Civil Veterinary Department. Central Provinces & Berar 1925-31 - 1925-1931
Year: 1925
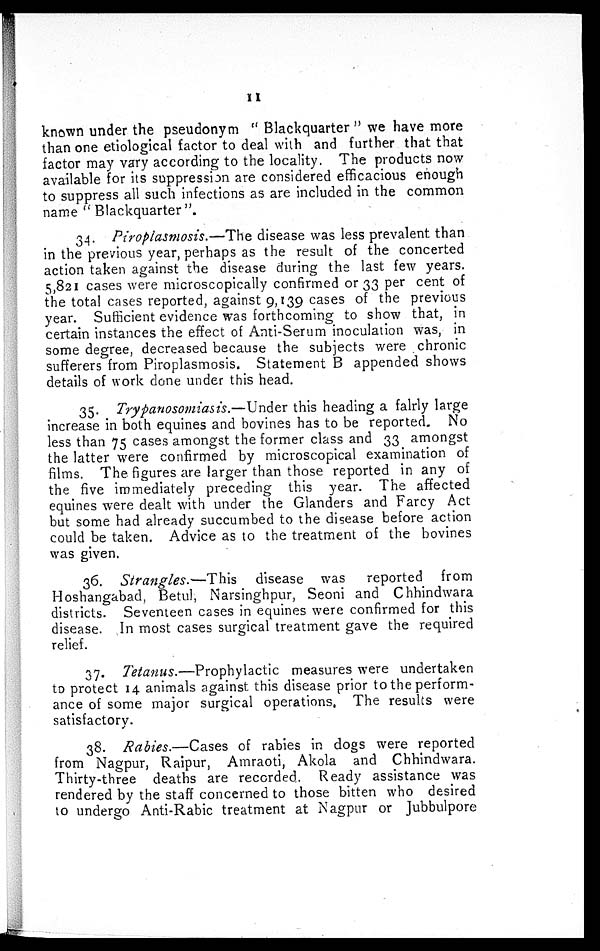
11
known under the pseudonym "Blackquarter" we have more
than one etiological factor to deal with and further that that
factor may vary according to the locality. The products now
available for its suppression are considered efficacious enough
to suppress all such infections as are included in the common
name "Blackquarter".
34. Piroplasmosis.—The disease was less prevalent than
in the previous year, perhaps as the result of the concerted
action taken against the disease during the last few years.
5,821 cases were microscopically confirmed or 33 per cent of
the total cases reported, against 9,139 cases of the previous
year. Sufficient evidence was forthcoming to show that, in
certain instances the effect of Anti-Serum inoculation was, in
some degree, decreased because the subjects were chronic
sufferers from Piroplasmosis. Statement B appended shows
details of work done under this head.
35. Trypanosomiasis.—Under this heading a falrly large
increase in both equines and bovines has to be reported. No
less than 75 cases amongst the former class and 33 amongst
the latter were confirmed by microscopical examination of
films. The figures are larger than those reported in any of
the five immediately preceding this year. The affected
equines were dealt with under the Glanders and Farcy Act
but some had already succumbed to the disease before action
could be taken. Advice as to the treatment of the bovines
was given.
36. Strangles.—This
disease was
reported from
Hoshangabad, Betul, Narsinghpur, Seoni and Chhindwara
districts. Seventeen cases in equines were confirmed for this
disease. In most cases surgical treatment gave the required
relief.
37. Tetanus.—Prophylactic
measures were undertaken
to protect 14 animals against this disease prior to the perform-
ance of some major surgical operations. The results were
satisfactory.
38. Rabies.—Cases of rabies in dogs were reported
from Nagpur, Raipur, Amraoti, Akola and Chhindwara.
Thirty-three deaths are recorded. Ready assistance was
rendered by the staff concerned to those bitten who desired
to undergo Anti-Rabic treatment at Nagpur or Jubbulpore